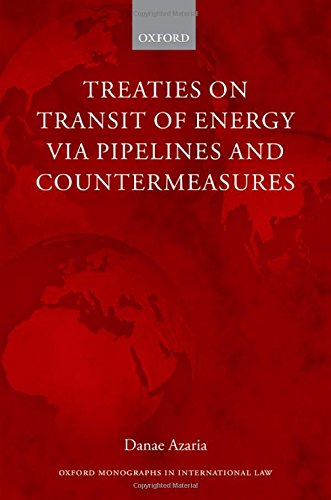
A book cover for Treaties on Transit of Energy  via Pipelines and Countermeasures (Oxford Monographs in International Law); Danae Azaria; Law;